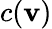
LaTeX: c(\mathbf{v})